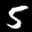
Label: 5